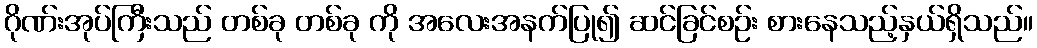
ဂိုဏ်းအုပ်ကြီးသည် တစ်ခု တစ်ခု ကို အလေးအနက်ပြု၍ ဆင်ခြင်စဉ်း စားနေသည့်နှယ်ရှိသည်။